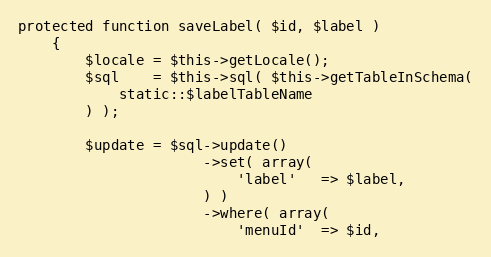
Language: PHP
protected function saveLabel( $id, $label )
    {
        $locale = $this->getLocale();
        $sql    = $this->sql( $this->getTableInSchema(
            static::$labelTableName
        ) );

        $update = $sql->update()
                      ->set( array(
                          'label'   => $label,
                      ) )
                      ->where( array(
                          'menuId'  => $id,